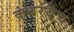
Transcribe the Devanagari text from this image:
कंबरबैच